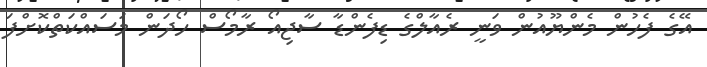
އޭގެ ފެހުން މެންޔޫއުން ވަނީ ރެއާލްގެ ޑިފެންޑާ ސާޖިއޯ ރާމޯސް ހޯދަން މަސައްކަތްކޮށްފަ